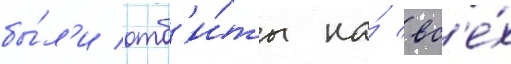
бы́л'и отб'и́ты на́ вс'е́х